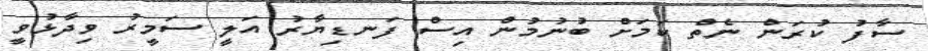
ސާފު ކުރަން ނެތް ކަމަށް ބުނުމުން އިސް ފަނޑިޔާރު އަލީ ސަމީރު ވިދާޅުވީ